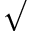
\surd